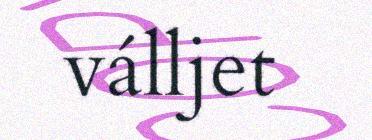
válljet